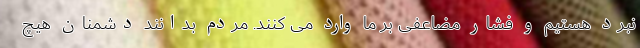
نبرد هستیم و فشار مضاعفی بر ما وارد می کنند. مردم بدانند دشمنان هیچ